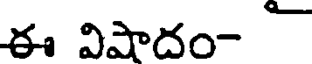
ఈ విషాదం-